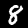
Digit: 8